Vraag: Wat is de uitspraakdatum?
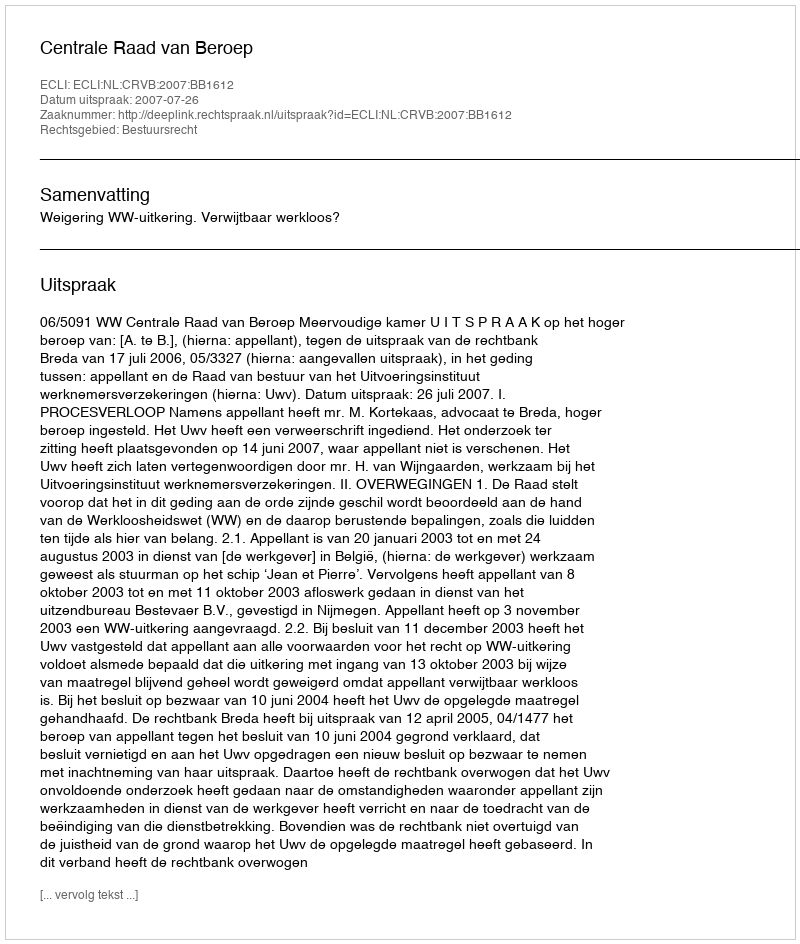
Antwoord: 2007-07-26